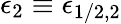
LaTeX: \epsilon_{2}\equiv\epsilon_{1/2,2}